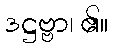
ဒဋ္ဌဗ္ဗာ၊ ၏။